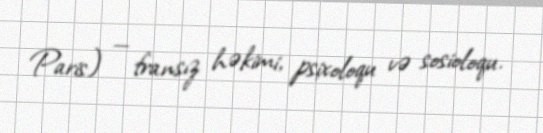
Paris) — fransız həkimi, psixoloqu və sosioloqu.